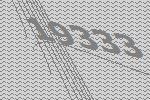
19333